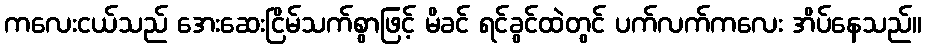
ကလေးငယ်သည် အေးဆေးငြိမ်သက်စွာဖြင့် မိခင် ရင်ခွင်ထဲတွင် ပက်လက်ကလေး အိပ်နေသည်။